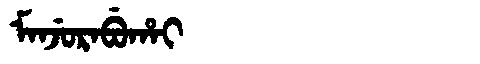
Manchu: ᠮᠠᠨᠵᡠᡵᠠᠪᡠᡥᠠᡳ
Romanization: MANJURABUHAI